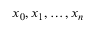
x _ { 0 } , x _ { 1 } , \dotsc , x _ { n }